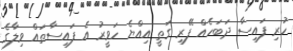
ހުރި ފައިސާ ދަބަހެއް ފޭރި ގަތީ އިއްޔެ ހަވީރު އެ ފައިސާތައް ވިލާގެ